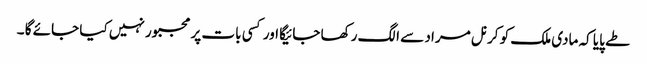
طے پایا کہ مادی ملک کو کرنل مراد سے الگ رکھا جائیگا اور کسی بات پر مجبور نہیں کیا جائے گا ۔